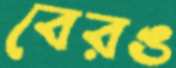
বেরঙ